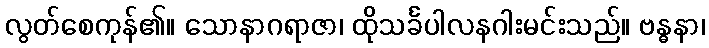
လွတ်စေကုန်၏။ သောနာဂရာဇာ၊ ထိုသင်္ခပါလနဂါးမင်းသည်။ ဗန္ဓနာ၊